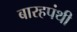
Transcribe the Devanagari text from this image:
बारहपंथी